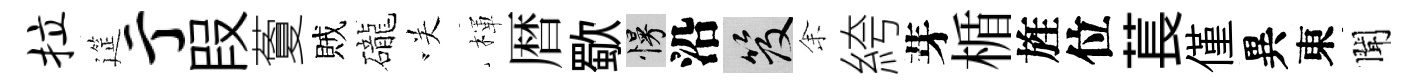
拉筵亍叚藑賊礲咲楎暦歜慢沿笈𪜬絝芽楯旌位萇僅異東聞